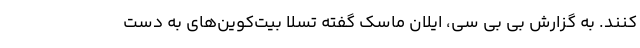
کنند. به گزارش بی بی سی، ایلان ماسک گفته تسلا بیت‌کوین‌های به دست